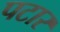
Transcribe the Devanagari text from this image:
पटार